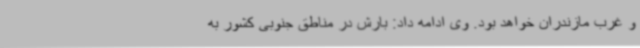
و غرب مازندران خواهد بود. وی ادامه داد: بارش در مناطق جنوبی کشور به